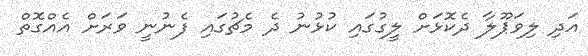
އަދި ލިވަޕޫލާ ދެކޮޅަށް ލީގުގައި ކުޅުނު ދެ މެޗުގައި ފެނުނީ ވަރަށް އެއްގޮތް